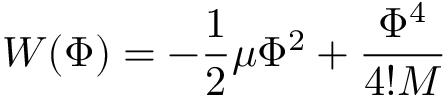
W ( \Phi ) = - { \frac { 1 } { 2 } } \mu \Phi ^ { 2 } + { \frac { \Phi ^ { 4 } } { 4 ! M } }